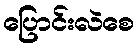
ပြောင်းလဲစေ